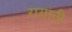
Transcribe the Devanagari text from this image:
रागांनी